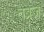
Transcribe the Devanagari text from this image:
तब्रेज